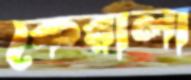
কেরালা